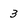
Character: 3